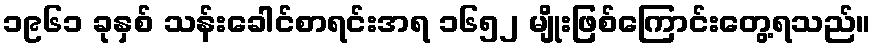
၁၉၆၁ ခုနှစ် သန်းခေါင်စာရင်းအရ ၁၆၅၂ မျိုးဖြစ်ကြောင်းတွေ့ရသည်။